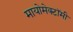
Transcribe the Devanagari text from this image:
मायोमेक्टॉमी